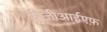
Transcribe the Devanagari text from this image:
टीजीआईएफ़